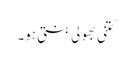
کتنی بھولی بنتی ہو۔